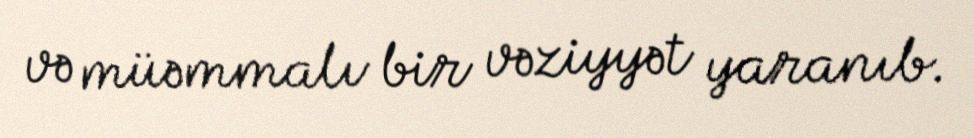
və müəmmalı bir vəziyyət yaranıb.